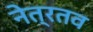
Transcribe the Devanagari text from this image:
नेत्रतव